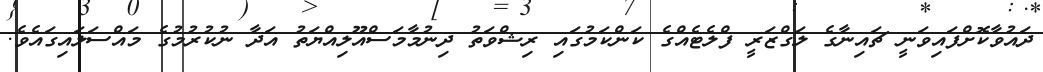
ދައުވާކޮށްފައިވަނީ ޗައިނާގެ ލަގްޒަރީ ފްލެޓެއްގެ ކަންކަމުގައި ރިޝްވަތު ދިނުމާމަސްއޫލިއްޔަތު އަދާ ނުކުރުމުގެ މައްސަލައިގައެވެ.